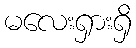
မလေးရှားရှိ